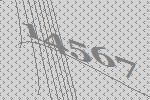
14567